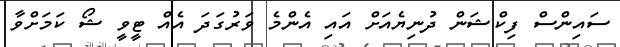
ސައިންސް ފިކްޝަން ދުނިޔެއަށް އައި އެންމެ ވަރުގަދަ އެއް ޓީވީ ޝޯ ކަމަށްވާ